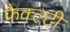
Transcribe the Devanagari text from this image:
फैक्ल्टी